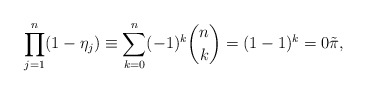
\begin{align*}\prod_{j=1}^n (1 - \eta_j) \equiv \sum_{k=0}^n (-1)^k \binom{n}{k} = (1 - 1)^k = 0 \tilde \pi,\end{align*}